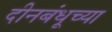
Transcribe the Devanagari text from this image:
दीनबंधूच्या